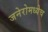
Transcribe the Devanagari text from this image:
जनेरोमध्येच